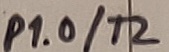
Text: P1.0/T2